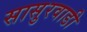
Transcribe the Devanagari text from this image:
सासुरवाडी